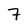
Character: 7